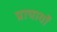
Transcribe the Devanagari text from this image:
प्राचार्यों